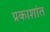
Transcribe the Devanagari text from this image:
प्रकाशांत